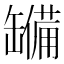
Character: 𮉹